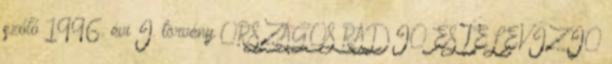
szóló 1996. évi I. törvény ORSZÁGOS RÁDIÓ ÉS TELEVÍZIÓ